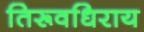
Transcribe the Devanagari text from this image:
तिरूवधिराय